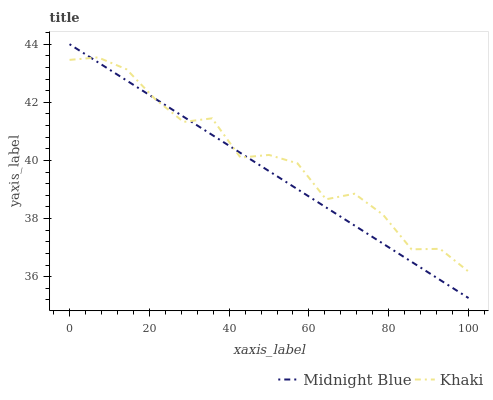
| xaxis_label | Midnight Blue | Khaki |
 | --- | --- | --- |
 | 0 | 44 | 43.5 |
 | 7.14 | 43.4 | 43.5 |
 | 14.3 | 42.8 | 43.1 |
 | 21.4 | 42.1 | 42.1 |
 | 28.6 | 41.5 | 41.3 |
 | 35.7 | 40.9 | 41.4 |
 | 42.9 | 40.3 | 40.1 |
 | 50 | 39.6 | 40.2 |
 | 57.1 | 39 | 39.9 |
 | 64.3 | 38.4 | 38.7 |
 | 71.4 | 37.8 | 38.9 |
 | 78.6 | 37.1 | 38.1 |
 | 85.7 | 36.5 | 36.9 |
 | 92.9 | 35.9 | 37 |
 | 100 | 35.3 | 36.2 |